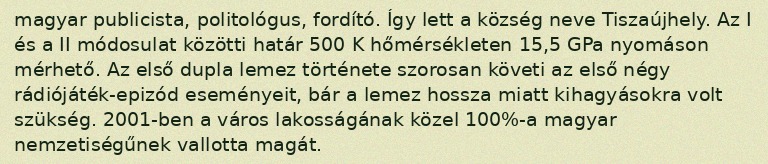
magyar publicista, politológus, fordító. Így lett a község neve Tiszaújhely. Az I és a II módosulat közötti határ 500 K hőmérsékleten 15,5 GPa nyomáson mérhető. Az első dupla lemez története szorosan követi az első négy rádiójáték-epizód eseményeit, bár a lemez hossza miatt kihagyásokra volt szükség. 2001-ben a város lakosságának közel 100%-a magyar nemzetiségűnek vallotta magát.